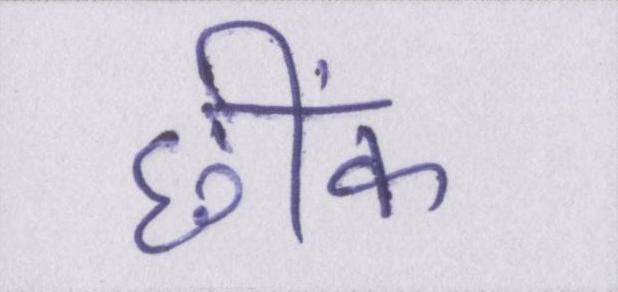
छींक